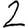
Digit: 2